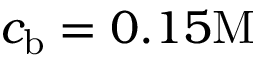
c _ { \mathrm { b } } = 0 . 1 5 \mathrm { M }